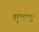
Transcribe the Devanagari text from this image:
शुभ्रत्व